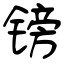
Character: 镑